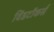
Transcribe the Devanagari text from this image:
विंडटॉकर्स